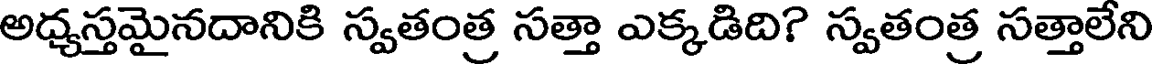
అధ్యస్తమైనదానికి స్వతంత్ర సత్తా ఎక్కడిది? స్వతంత్ర సత్తాలేని